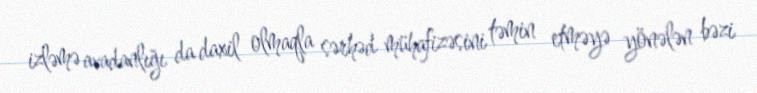
izləmə avadanlığı da daxil olmaqla sərhəd mühafizəsini təmin etməyə yönələn bəzi